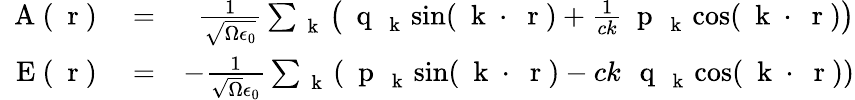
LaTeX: \begin{array}{rlr}{\mathrm{~\mathbf~A~}(\mathrm{~\mathbf~r~})}&{{}=}&{\frac{1}{\sqrt{\Omega\epsilon_{0}}}\sum_{\mathrm{~\mathbf~k~}}\left(\mathrm{~\mathbf~q~}_{\mathrm{~\mathbf~k~}}\sin(\mathrm{~\mathbf~k~}\cdot\mathrm{~\mathbf~r~})+\frac{1}{ck}\mathrm{~\mathbf~p~}_{\mathrm{~\mathbf~k~}}\cos(\mathrm{~\mathbf~k~}\cdot\mathrm{~\mathbf~r~})\right)}\\ {\mathrm{~\mathbf~E~}(\mathrm{~\mathbf~r~})}&{{}=}&{-\frac{1}{\sqrt{\Omega}\epsilon_{0}}\sum_{\mathrm{~\mathbf~k~}}\left(\mathrm{~\mathbf~p~}_{\mathrm{~\mathbf~k~}}\sin(\mathrm{~\mathbf~k~}\cdot\mathrm{~\mathbf~r~})-ck\, \mathrm{~\mathbf~q~}_{\mathrm{~\mathbf~k~}}\cos(\mathrm{~\mathbf~k~}\cdot\mathrm{~\mathbf~r~})\right)}\end{array}